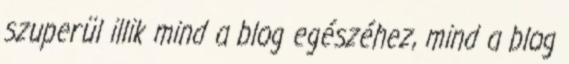
szuperül illik mind a blog egészéhez, mind a blog